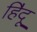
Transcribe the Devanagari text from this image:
हि॓दू